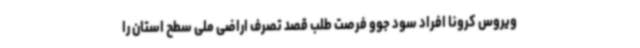
ویروس کرونا افراد سود جوو فرصت طلب قصد تصرف اراضی ملی سطح استان را